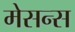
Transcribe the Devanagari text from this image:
मेसन्स